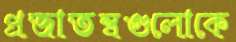
প্রজাতন্ত্রগুলোকে